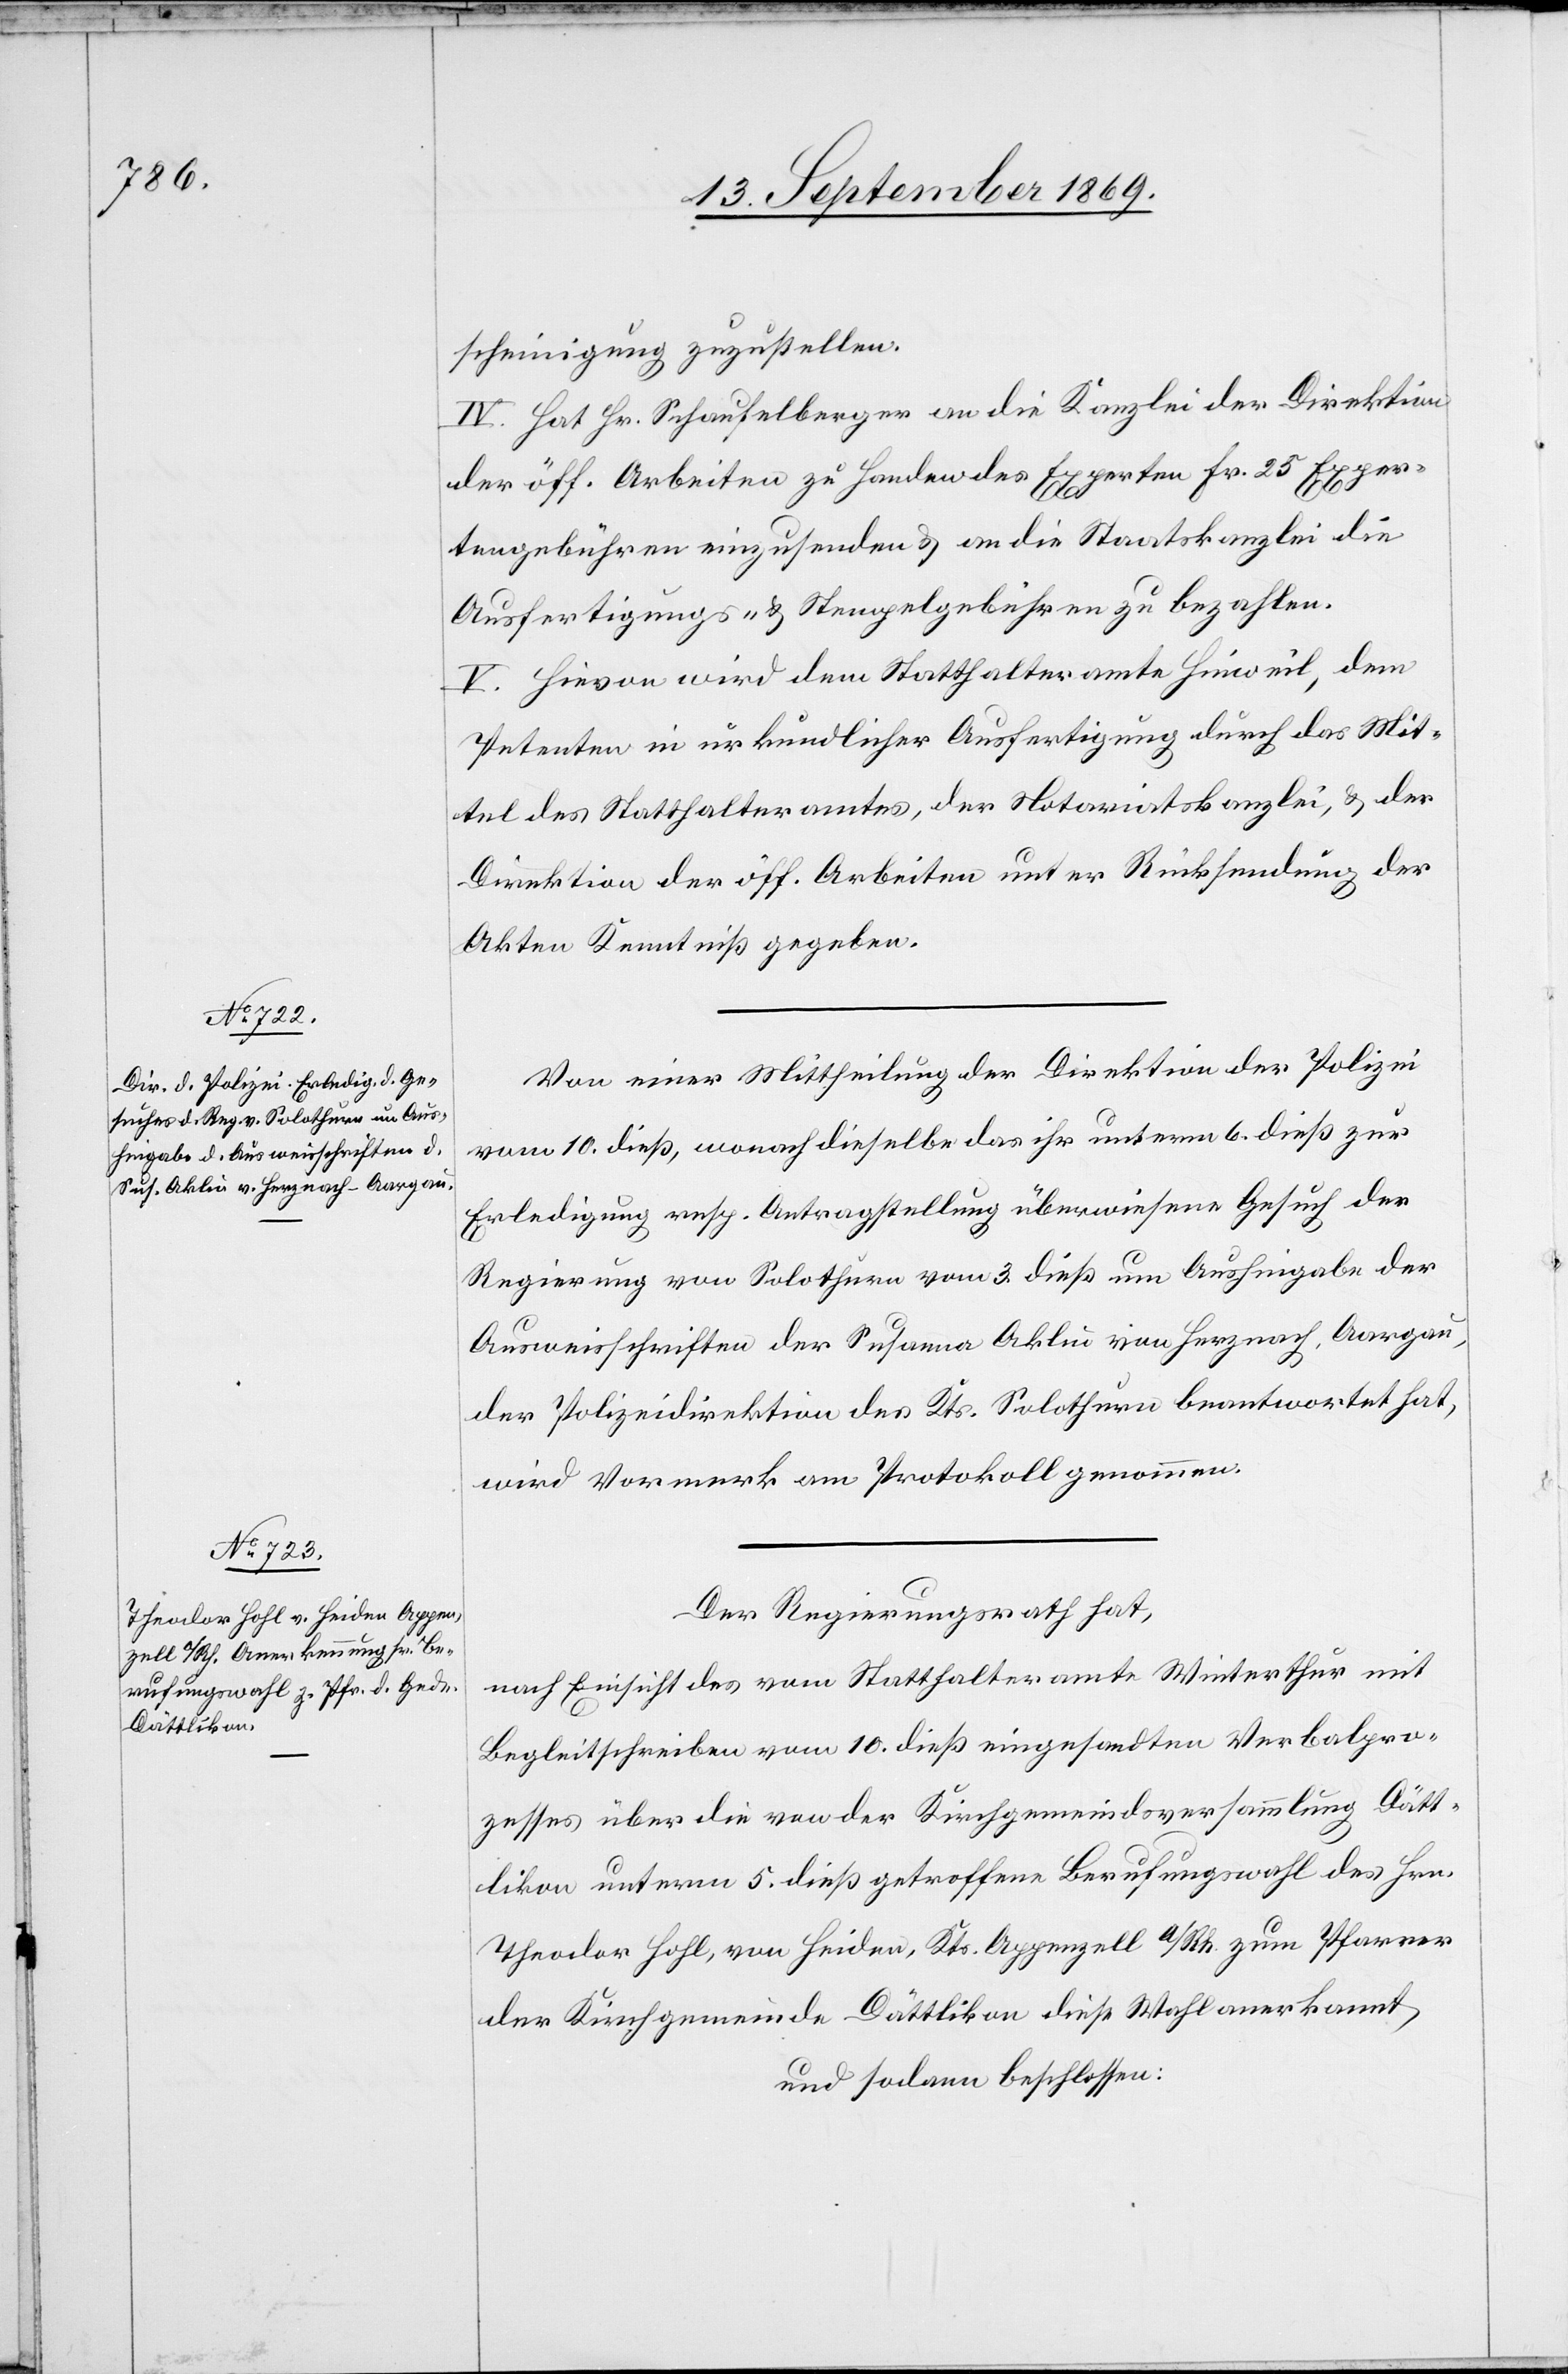
scheinigung zuzustellen.
IV. Hat Hr. Schaufelberger an die Kanzlei der Direktion
der öff. Arbeiten zu Handen des Experten Fr. 25 Exper¬
tengebühren einzusenden & an die Staatskanzlei die
Ausfertigungs- & Stempelgebühren zu bezahlen.
V. Hievon wird dem Statthalteramte Hinweil, dem
Petenten in urkundlicher Ausfertigung durch das Mit¬
tel des Statthalteramtes, der Notariatskanzlei, & der
Direktion der öff. Arbeiten unter Rücksendung der
Akten Kenntniß gegeben.
Von einer Mittheilung der Direktion der Polizei
vom 10. dieß, wonach dieselbe das ihr unterm 6. dieß zur
Erledigung resp. Antragstellung überwiesene Gesuch der
Regierung von Solothurn vom 3. dies um Aushingabe der
Ausweisschriften der Susanna Aklin von Herznach, Aargau,
der Polizeidirektion des Kts. Solothurn beantwortet hat,
wird Vormerk am Protokoll genommen.
Der Regierungsrath hat,
nach Einsicht des vom Statthalteramte Winterthur mit
Begleitschreiben vom 10. dieß eingesandten Verbalpro¬
zesses über die von der Kirchgemeindsversammlung Dätt¬
likon unterm 5. dies getroffene Berufungswahl des Hrn.
Theodor Hohl, von Heiden, Kts. Appenzell a/Rh. zum Pfarrer
der Kirchgemeinde Dättlikon diese Wahl anerkannt
und sodann beschlossen: